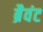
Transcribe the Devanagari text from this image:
ब्रैवंट